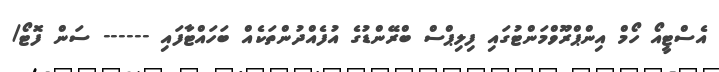
އެސްޓީއޯ ހޯމް އިންޕްރޫވްމަންޓުގައި ފިލިޕްސް ބްރޭންޑުގެ އުފެއްދުންތަކެއް ބަހައްޓާފައި ------ ސަން ފޮޓޯ/